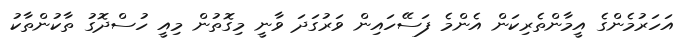
އަހަރުމެންގެ އީމާންތެރިކަން އެންމެ ފަސޭހައިން ވަރުގަދަ ވާނީ މިގޮތުން މިއީ ހުސްދޮގު ތާކުންތާކު